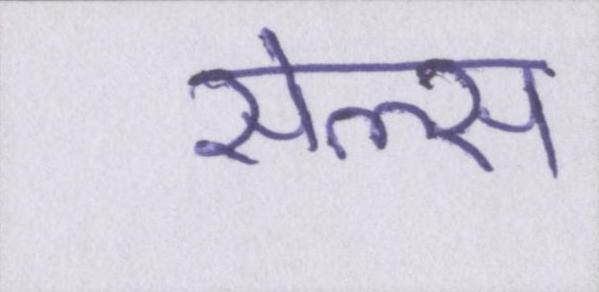
सेल्स